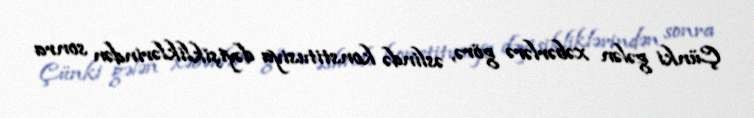
Çünki gələn xəbərlərə görə, əslində konstitusiya dəyişikliklərindən sonra